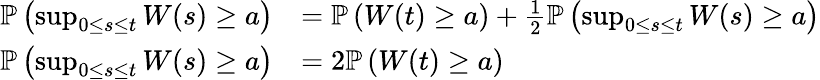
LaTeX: {\begin{array}{rl}{\mathbb{P}\left(\operatorname*{sup}_{0\leq s\leq t}W(s)\geq a\right)}&{=\mathbb{P}\left(W(t)\geq a\right)+{\frac{1}{2}}\mathbb{P}\left(\operatorname*{sup}_{0\leq s\leq t}W(s)\geq a\right)}\\ {\mathbb{P}\left(\operatorname*{sup}_{0\leq s\leq t}W(s)\geq a\right)}&{=2\mathbb{P}\left(W(t)\geq a\right)}\end{array}}